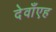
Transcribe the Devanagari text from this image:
देवाँएह